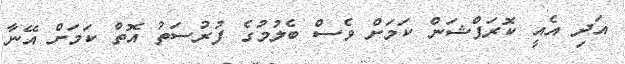
އަދި އެއީ ކޮރަޕްޝަން ކަމަށް ވެސް ބެލުމުގެ ފުރުސަތު އޮތް ކަމަށް އޭނާ